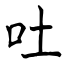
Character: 吐